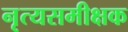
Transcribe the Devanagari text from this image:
नृत्यसमीक्षक